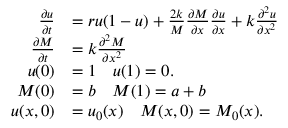
\begin{array} { r l } { \frac { \partial u } { \partial t } } & { = r u ( 1 - u ) + \frac { 2 k } { M } \frac { \partial M } { \partial x } \frac { \partial u } { \partial x } + k \frac { \partial ^ { 2 } u } { \partial x ^ { 2 } } } \\ { \frac { \partial M } { \partial t } } & { = k \frac { \partial ^ { 2 } M } { \partial x ^ { 2 } } } \\ { u ( 0 ) } & { = 1 \quad u ( 1 ) = 0 . } \\ { M ( 0 ) } & { = b \quad M ( 1 ) = a + b } \\ { u ( x , 0 ) } & { = u _ { 0 } ( x ) \quad M ( x , 0 ) = M _ { 0 } ( x ) . } \end{array}